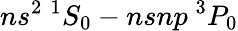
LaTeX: ns^{2}~{}^{1}S_{0}-nsnp~{}^{3}P_{0}